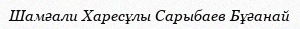
Шамғали Харесұлы Сарыбаев Бұғанай